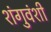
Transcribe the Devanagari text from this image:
शंगुवंशी